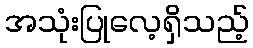
အသုံးပြုလေ့ရှိသည့်